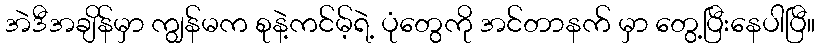
အဲဒီအချိန်မှာ ကျွန်မက စုနဲ့ကင်မ့်ရဲ့ ပုံတွေကို အင်တာနက် မှာ တွေ့ပြီးနေပါပြီ။